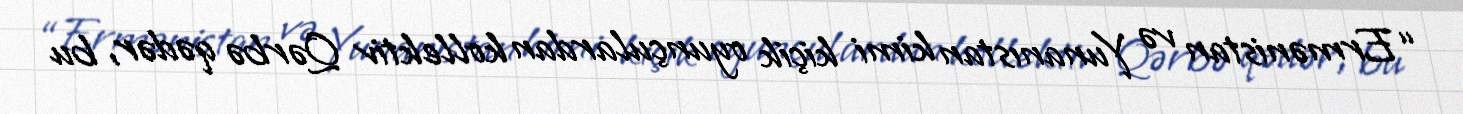
“Ermənistan və Yunanıstan kimi kiçik oyunçulardan kollektiv Qərbə qədər, bu